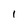
Character: l